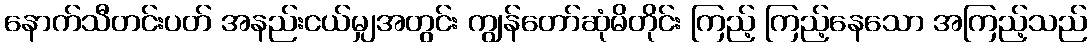
နောက်သီတင်းပတ် အနည်းငယ်မျှအတွင်း ကျွန်တော်ဆုံမိတိုင်း ကြည့် ကြည့်နေသော အကြည့်သည်